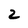
Character: 2